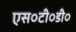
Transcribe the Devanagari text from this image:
एस०टी०डी०